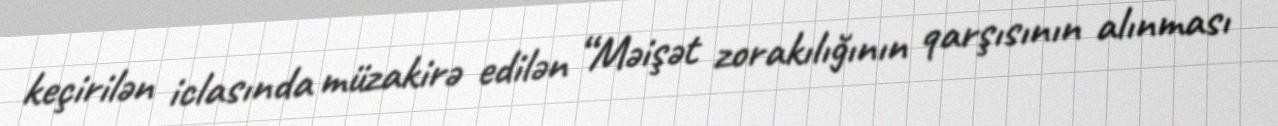
keçirilən iclasında müzakirə edilən “Məişət zorakılığının qarşısının alınması